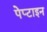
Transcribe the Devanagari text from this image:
पेप्टाइन